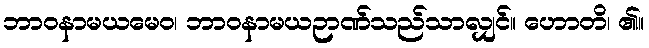
ဘာဝနာမယမေဝ၊ ဘာဝနာမယဉာဏ်သည်သာလျှင်။ ဟောတိ၊ ၏။